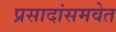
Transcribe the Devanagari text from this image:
प्रसादांसमवेत